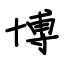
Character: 博